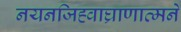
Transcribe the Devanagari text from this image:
नयनजिह्वाघ्राणात्मने